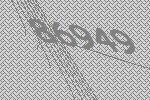
86949